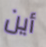
أين